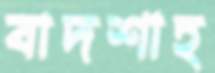
বাদশাহ